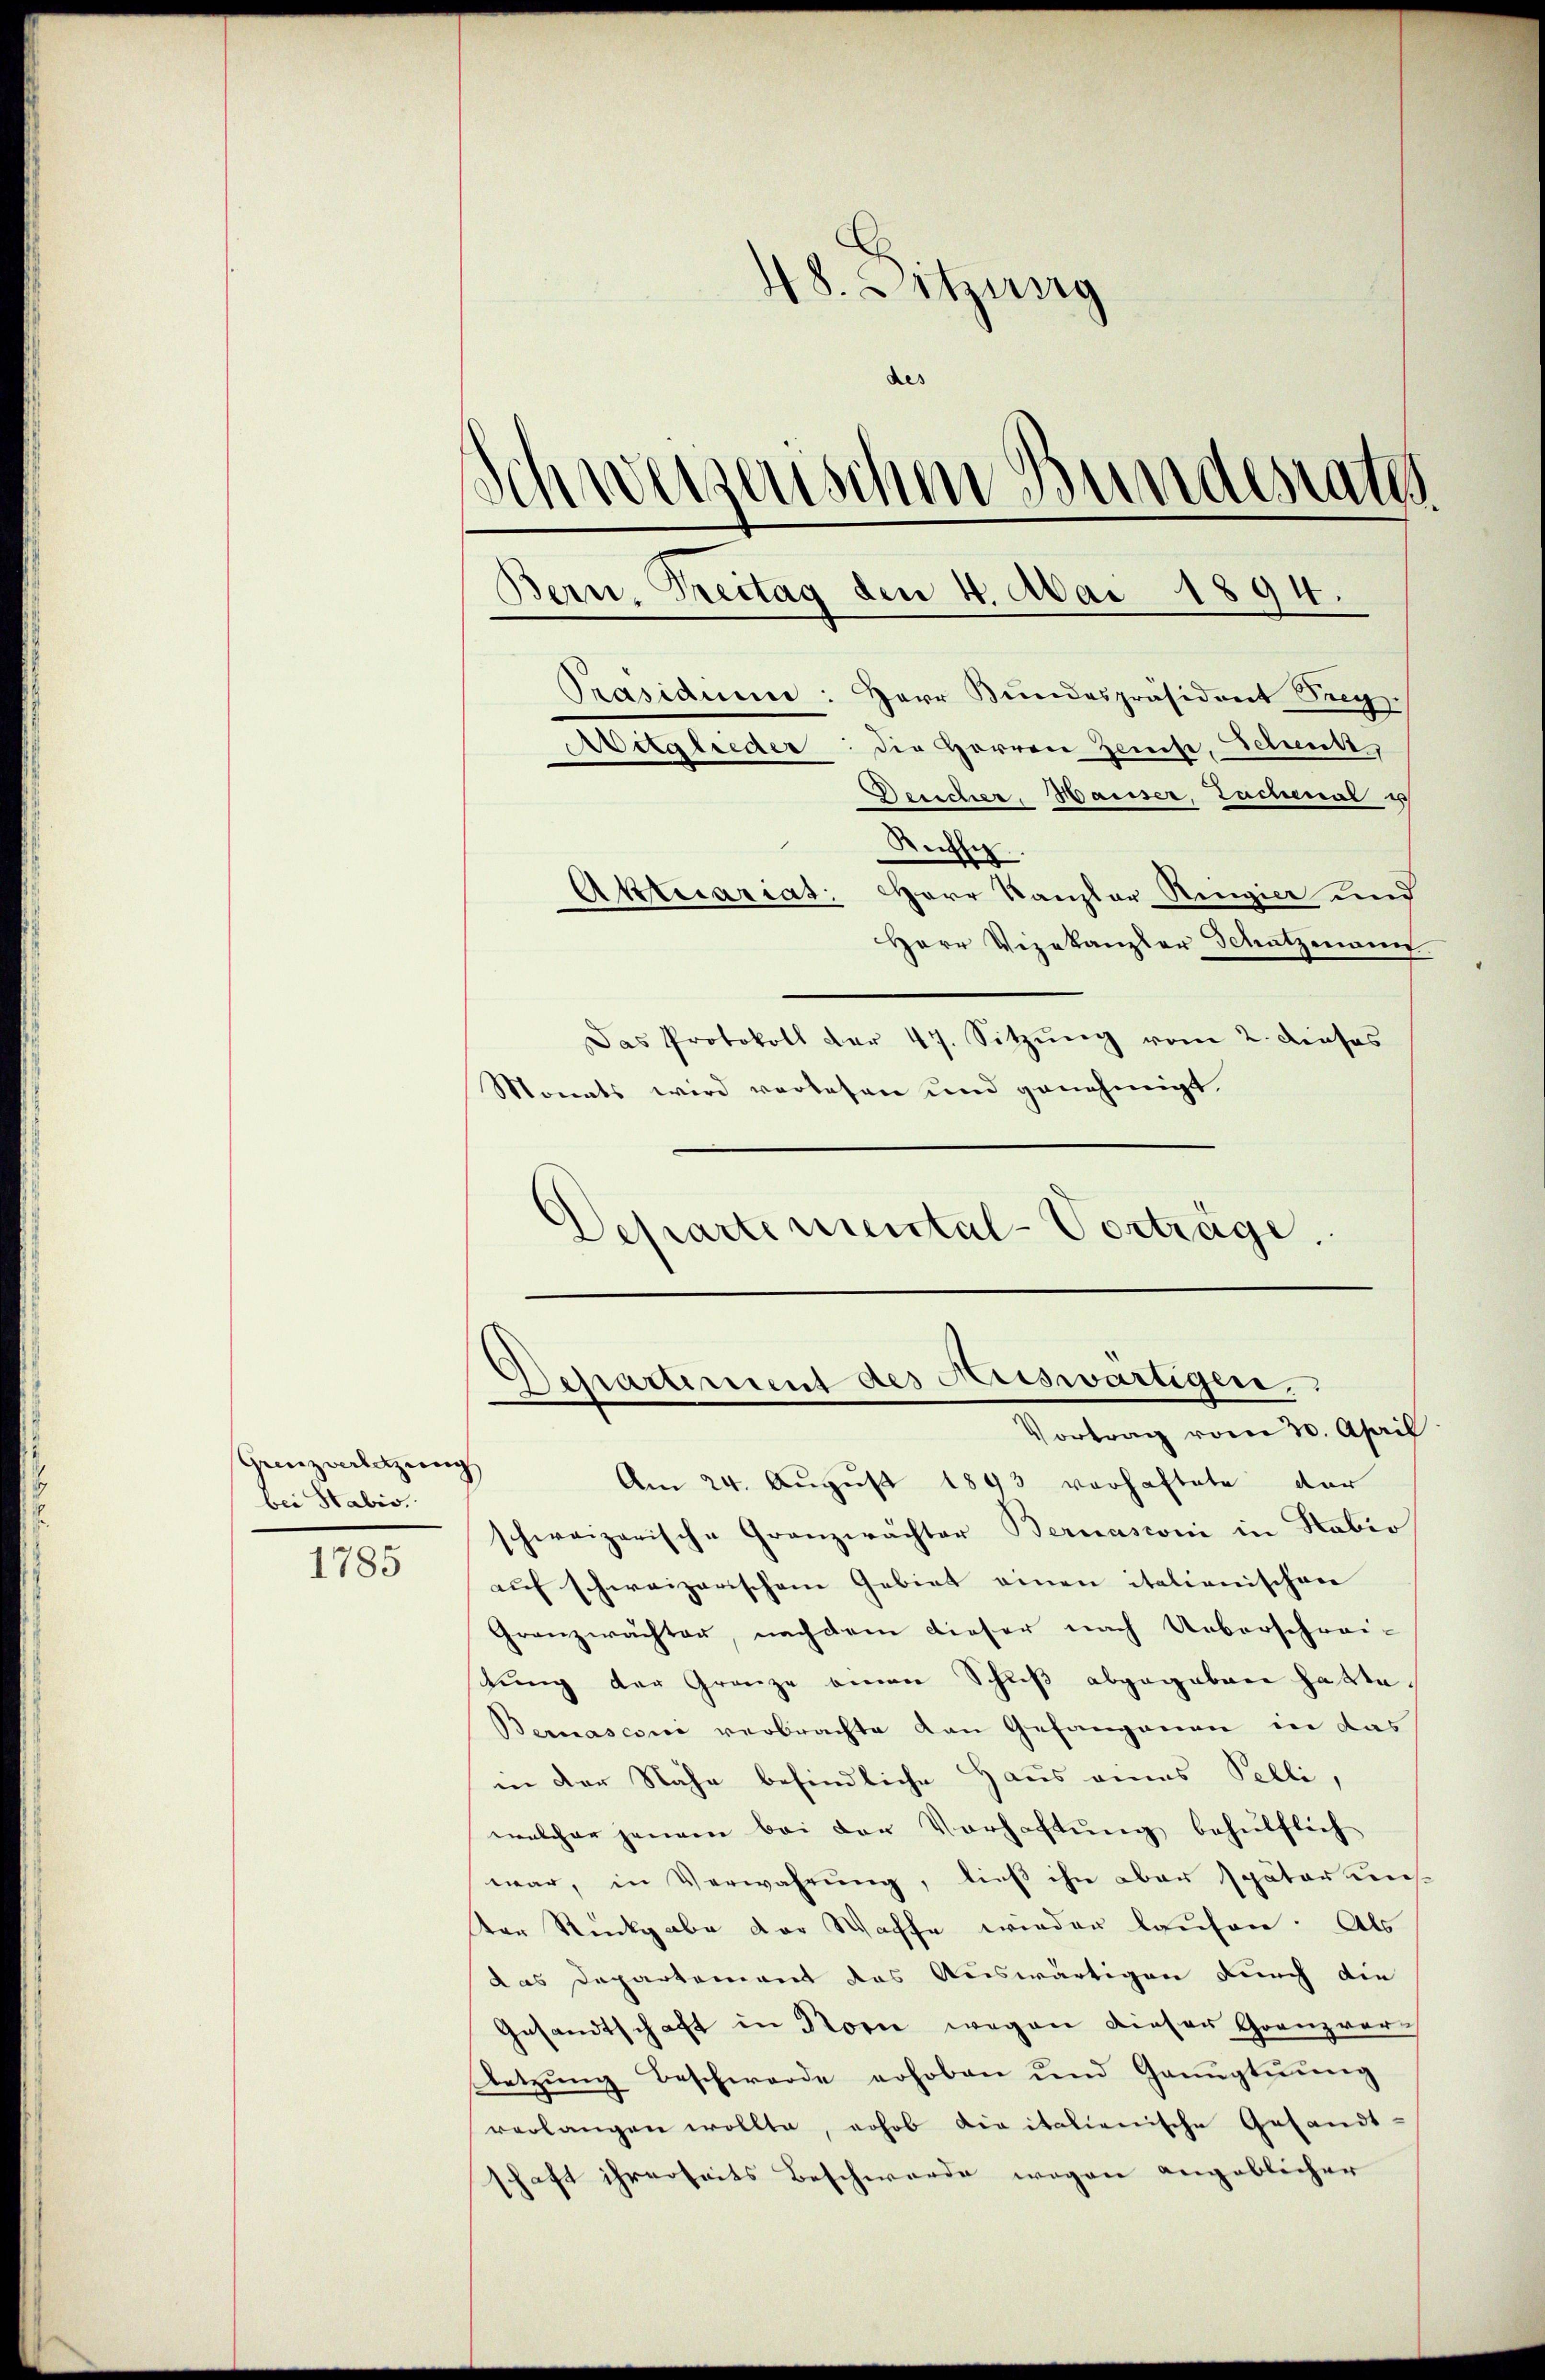
Grenzverletzŭng
bei Stabis.

1785

48. Sitzung
des
Schweizerischen Br
ndesrates
Präsidium: Herr Bundespräsident Seeg
die Herren Zeuse, Schreut,
Aitglieder
Desicher, Hauser, Lachenal u
Reffi
Aktuariat: Herr Kanzler Ringier und
Herr Vizekanzler Schatzmann
Das Protokoll der 47. Sitzŭng vom 2. Dieses
Monats wird verlesen und genehmigt

Separtemental-Vorträge.

Bern, Trettag den 4. Mai 1894.

Departement des Auswärtigen.
Vortrag vom 30. April

Am 24. August 1893 vorhaftete der
schweizerische Granzwächter Bernasconi in Habio
auf schweizerischen Gebiet einen italienischen
Granzwächter, nach dem dieser nach Ueberschrei-
tung der Granze einen Schuß abgegeben hatte.
Bernascon verbrachte Kan Gefangenen in das
in der Nähe befindliche Haus eines Pelli,
welcher jenem bei der Vorhaftung behülflich
war, in Verwahrung, ließ ihn aber später uns.
von Rückgabe der Waffe wieder laufen. Als
das Departement das Auswärtigen durch die
Gesandtschaft in Korn wegen dieser Grenzvorletzung Beschwerde erhoben und Gaugtuung
verlangen wollte, erhob diritalienische Gesandt-
schaft ihrerseits Beschwerde wegen angeblicher